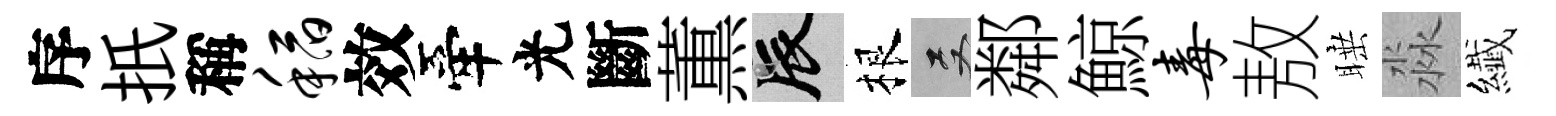
序扺稱稻效牽光斷薫辰根双鄰鯨毒敖睡淼纎